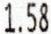
1.58